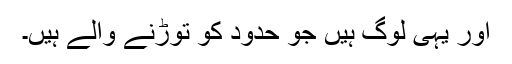
اور یہی لوگ ہیں جو حدود کو توڑنے والے ہیں۔